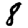
Digit: 8